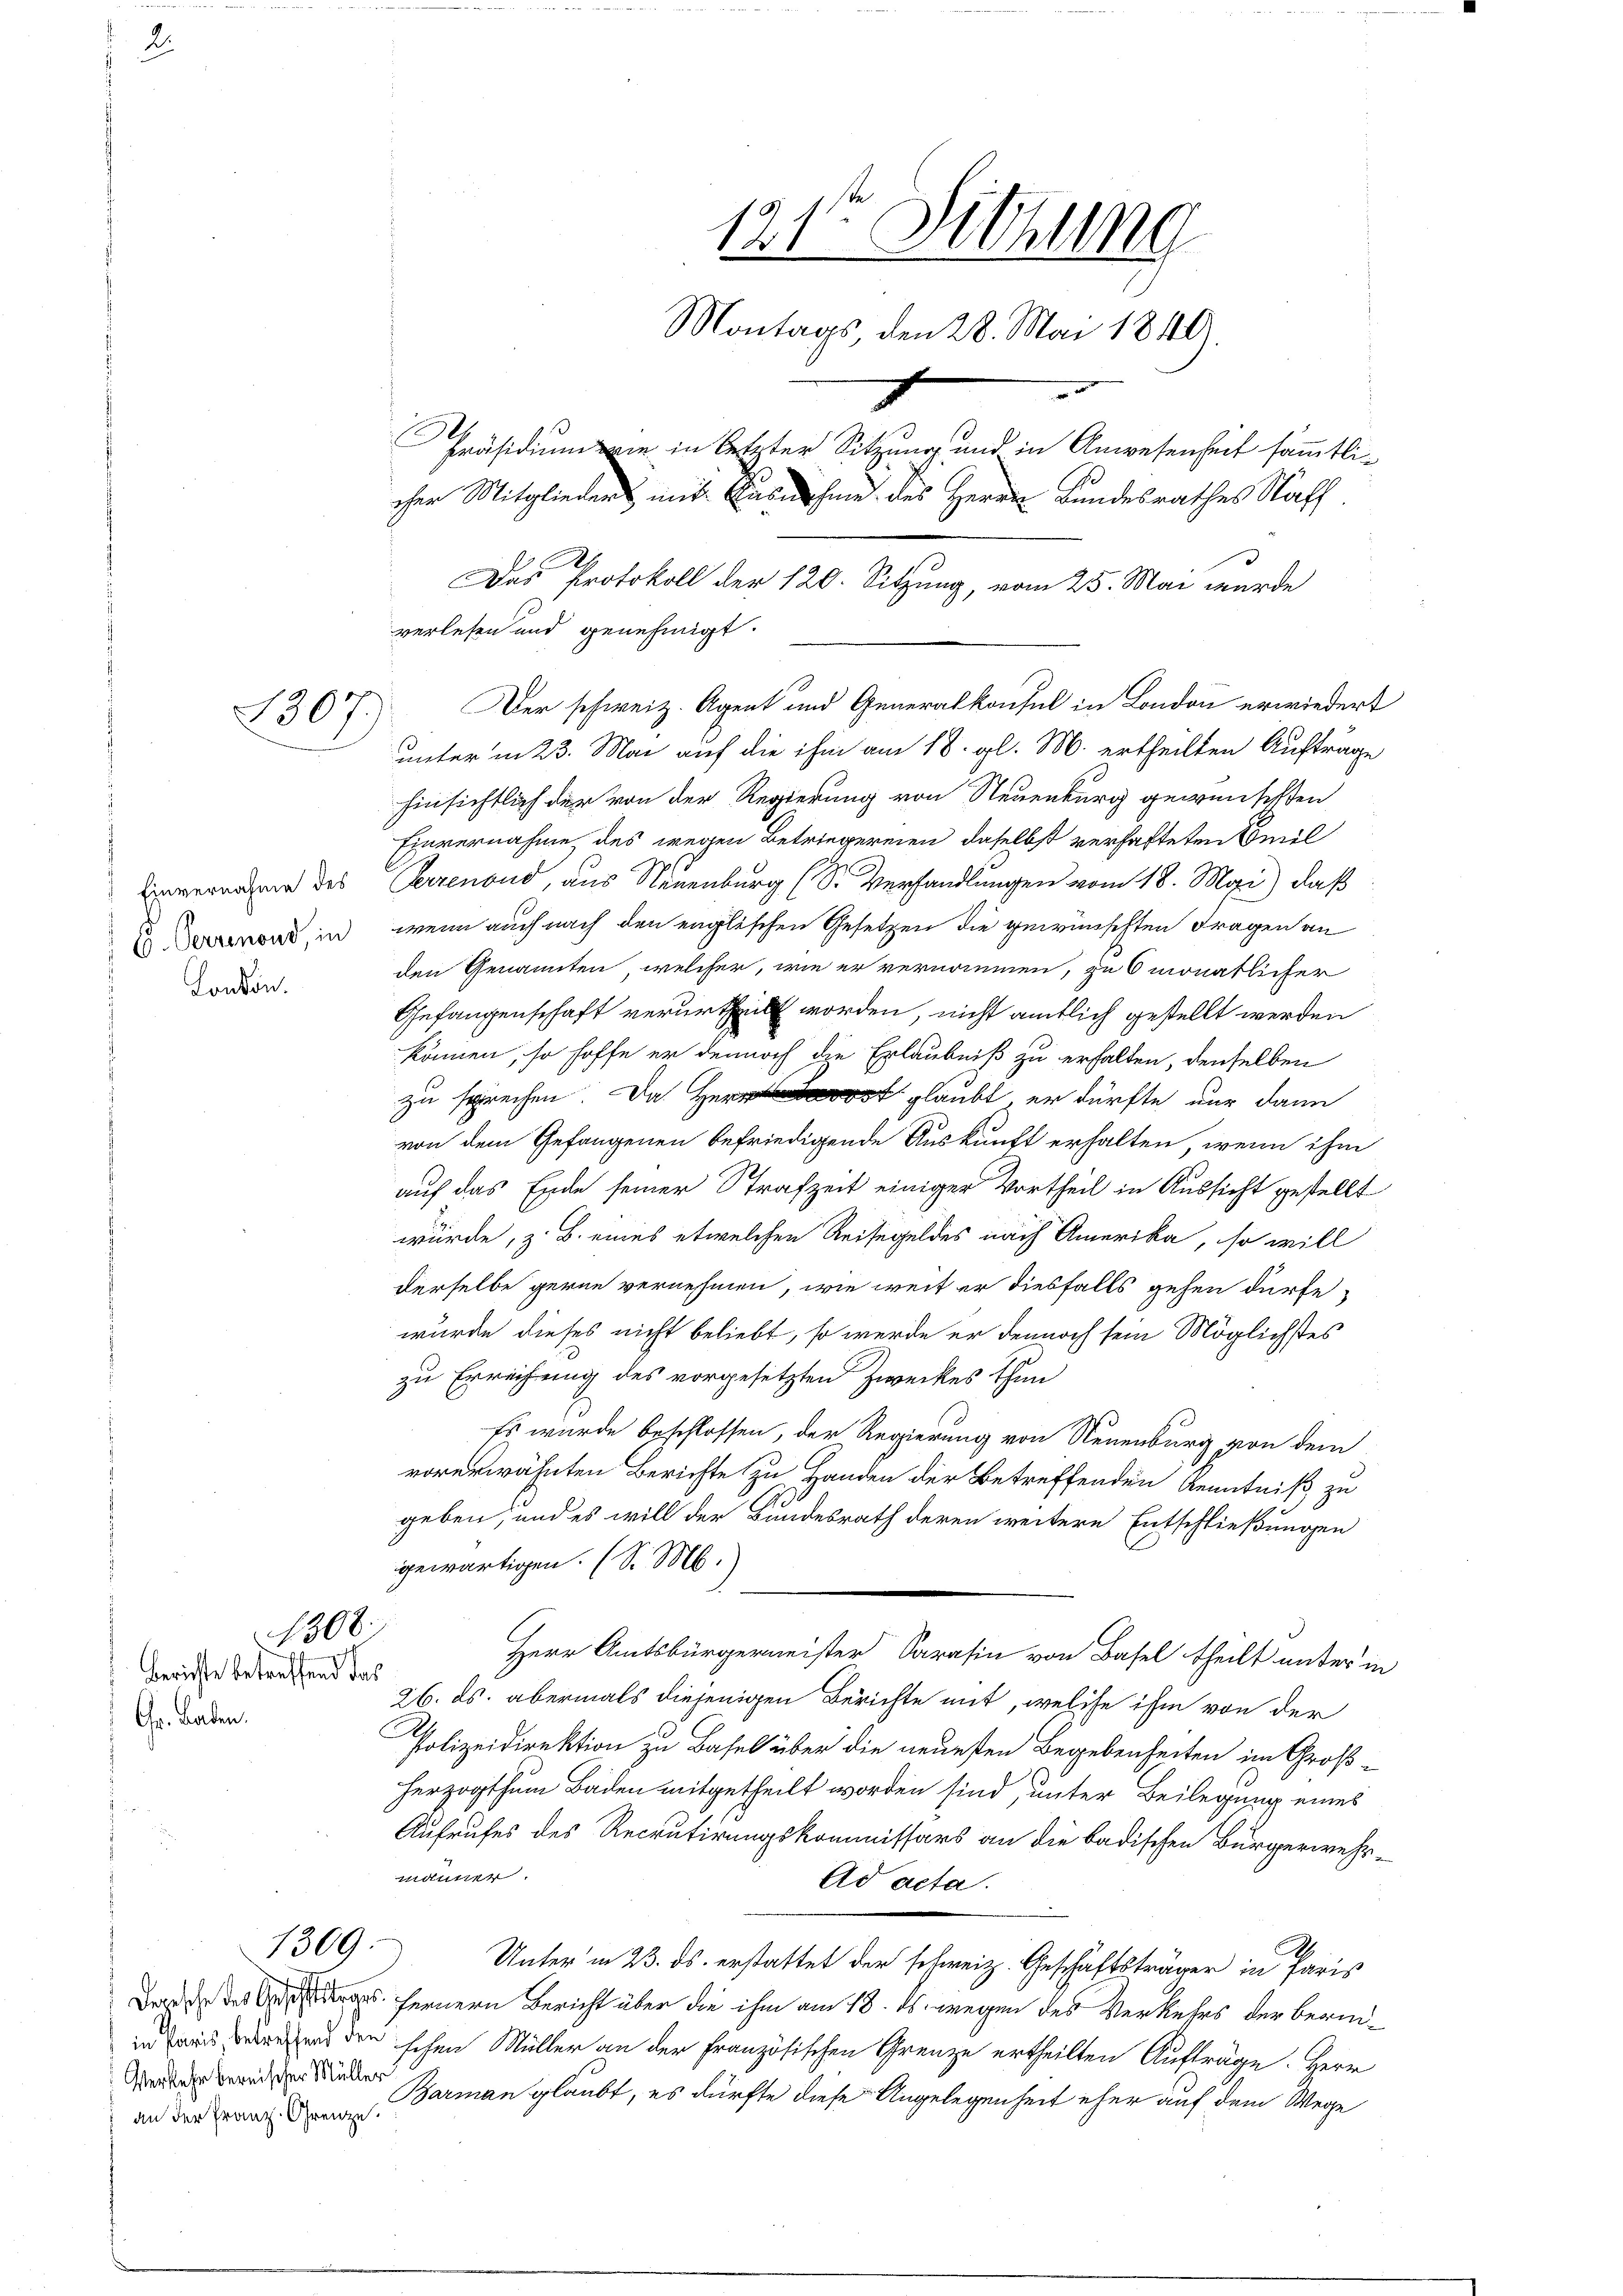
1307)

London.

Gr. Baden.

1308.
Berichte betreffend das

1309.

Verkehr bernischer Müller
an der Franz-Grenze

hinsichtlich der von der Regierung von Neuenburg gewünschten
Einvernahme des wegen Betriegereien, daselbst verhafteten Seil
Einvernahme des Herrenond, aus Neuenburg (S. Verhandlungen vom 18. Mai) daß
ond, in wenn auch nach den englischen Gesetzen die gewünschten Fragen an
den Genannten, welcher, wie er vernommen, zu 6 monatlicher
Gefangenschaft verurtheilt worden, nicht amtlich gestellt werden
können, so hoffe er dennoch die Erlaubniß zu erhalten, denselben
zu sprechen. Da Herr glaubt, er dürfte nur dann
von dem Gefangenen befriedigende Auskunft erhalten, wenn ihm
auf das Ende seiner Strafzeit einiger Vortheil in Aussicht gestellt
würde, z. B. eines etwelchen Reisegeldes nach Amerika, so will
derselbe gerne vernehmen, wie weit er diesfalls gehen dürfe,
wurde dieses nicht beliebt, so werde er dennoch sein Möglichstes
zu Erreichung des vorgesetzten Zweckes thun
Es wurde beschlossen, der Regierung von Neuenburg von dem
vorerwähnten Berichte zu Handen der Betreffenden Kenntniß zu
geben, und es will der Bundesrath deren weitere Entschließungen
gewärtigen. (S. M.
Herr Amtsbürgermeister Sarasin von Basel theilt unter in
26. ds. abermals diejenigen Berichte mit, welche ihm von der
Polizeidirektion zu Basel über die neuesten Begebenheiten im Großherzogthum Baden mitgetheilt worden sind, unter Beilegung eines
Aufrufes des Recrutirungskommissärs an die badischen Bürgerwehrmänner.
Ad acta.
Unter in 23. ds. erstattet der schweiz. Geschäftsträger in Paris
dree des fernern Bericht über die ihm am 18. ds. wegen des Verkehrs der Beamzuweise den schen Müller an der Französischen Grenze ertheilten Aufträge. Herr
Barman glaubt, es dürfte diese Angelegenheit eher auf dem Wege

121ten Sitzung
Montags, den 28. Mai 1840.
f
n
Präsidium wie in letzter Sitzung und in Anwesenheit sämmtlicher Mitglieders mit Ausnahme des Herrn Bundesrathes Rath.

Das Protokoll der 120. Sitzung, vom 25. Mai wurde
verlesen und genehmigt.
Der schweiz. Agent und Generalkonsul in London erwiedert
unter in 23. Mai auf die ihm am 18. gl. M. ertheilten Auftrage